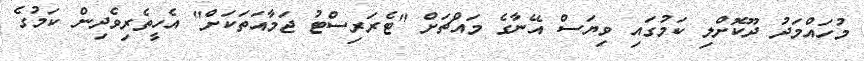
މުހައްމަދު ދޫކޮށްލި ކަމުގައި ވިޔަސް އޭނާގެ މައްޗަށް "ޓެރަރިސްޓު ޖަމާއަތަކަށް" އެހީތެރިވެދިން ކަމުގެ